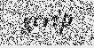
gerip